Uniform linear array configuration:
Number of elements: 32
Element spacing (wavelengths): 1
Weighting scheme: hann
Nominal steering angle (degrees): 60
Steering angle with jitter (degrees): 61.622
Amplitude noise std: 0.05
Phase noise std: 0.05

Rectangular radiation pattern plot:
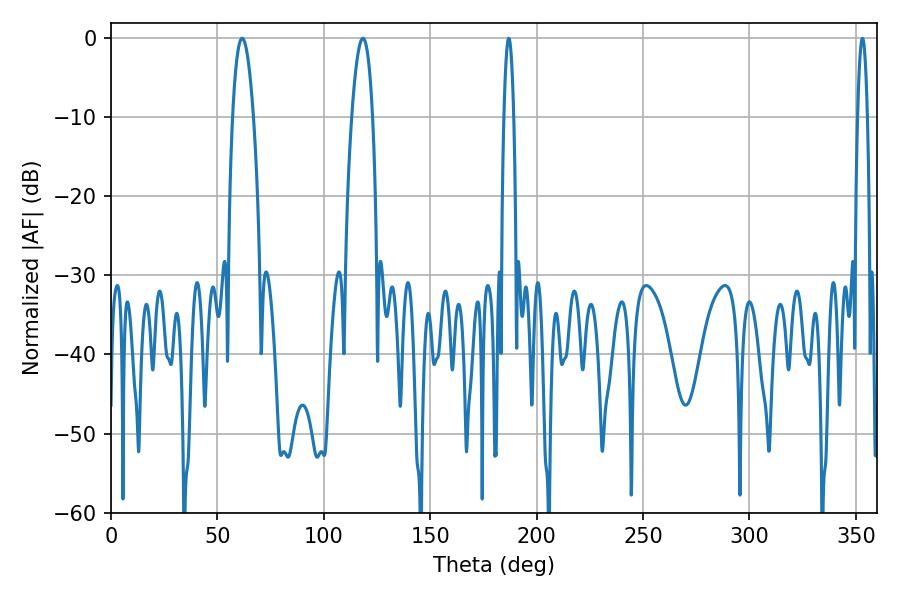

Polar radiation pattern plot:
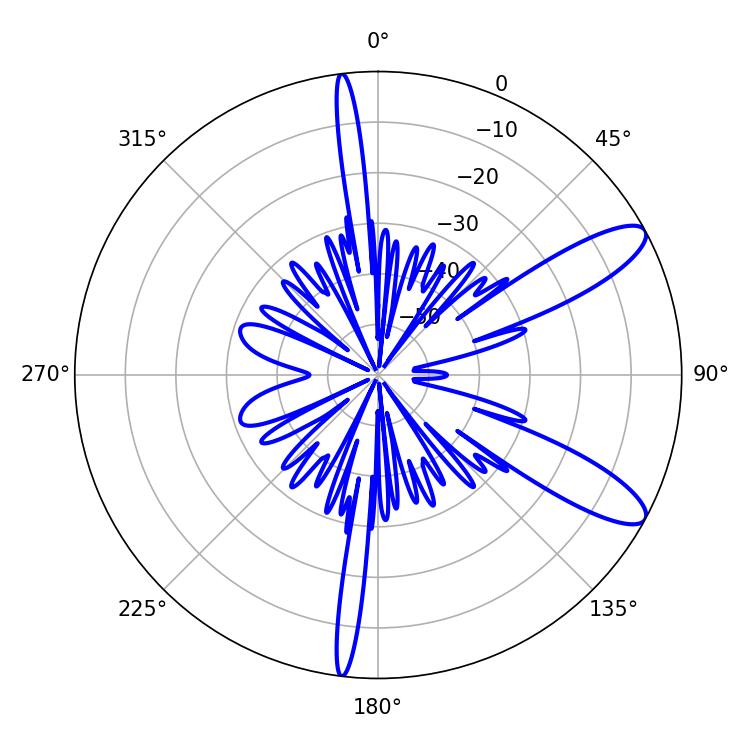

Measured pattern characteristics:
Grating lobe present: TRUE
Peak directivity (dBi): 10.759
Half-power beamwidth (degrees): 5.4
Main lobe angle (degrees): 61.56